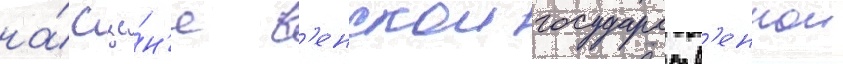
на́ сце́н'е в'енскои государств'еннои